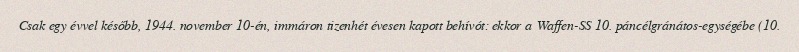
Csak egy évvel később, 1944. november 10-én, immáron tizenhét évesen kapott behívót: ekkor a Waffen-SS 10. páncélgránátos-egységébe (10.